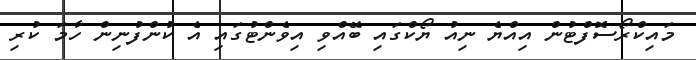
މައިކްރޯސޮފްޓުން އިއްޔެ ނިއު ޔޯކްގައި ބޭއްވި އިވެންޓުގައި އެ ކުންފުނިން ހާމަ ކުރި